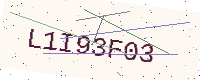
Text: L1I93F03